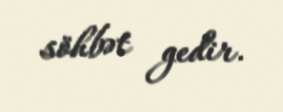
söhbət gedir.